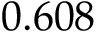
0 . 6 0 8